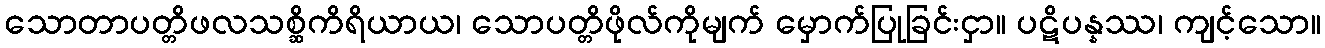
သောတာပတ္တိဖလသစ္ဆိကိရိယာယ၊ သောပတ္တိဖိုလ်ကိုမျက် မှောက်ပြုခြင်းငှာ။ ပဋိပန္နဿ၊ ကျင့်သော။